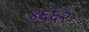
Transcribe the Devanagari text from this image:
४६६२